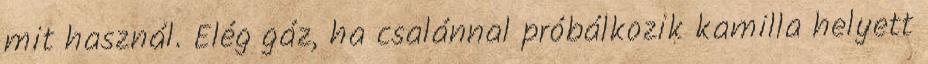
mit használ. Elég gáz, ha csalánnal próbálkozik kamilla helyett